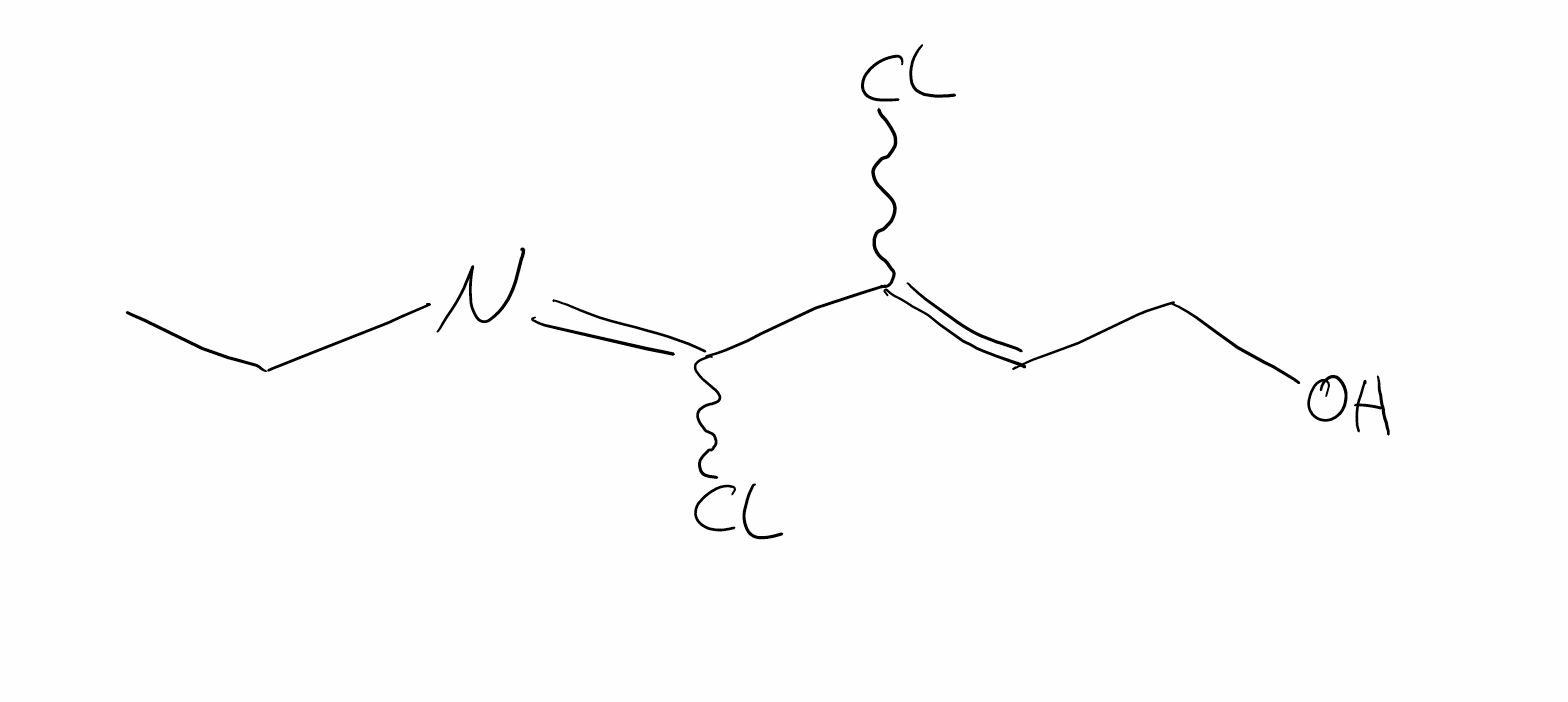
Simplified molecular-input line-entry system (SMILES) notation of the given molecule:
CCN=C(C(=CCO)Cl)Cl